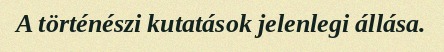
A történészi kutatások jelenlegi állása.